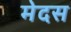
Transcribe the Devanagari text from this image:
मेदस